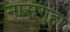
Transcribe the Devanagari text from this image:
नासगुहा